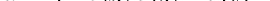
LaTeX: \smash{\vec{u}=(-s_{23},s_{13},-s_{12})^{\top}}